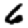
Digit: 6